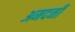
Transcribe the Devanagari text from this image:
अमदनी